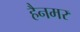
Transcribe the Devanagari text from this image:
हैनमर